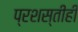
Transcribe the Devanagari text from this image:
प्रशस्तीही